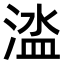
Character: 𣹉